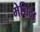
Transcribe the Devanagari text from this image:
मेच्चिदा